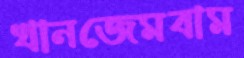
খানজেমবাম